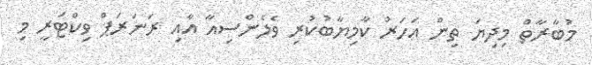
މުބާރާތް މިދިޔަ ތިން އަހަރު ކާމިޔާބުކުރި ވެލެންސިއާ އާއި ރަނަރަޕް ވިކްޓަރީ މި